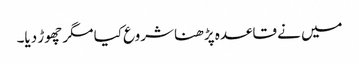
میں نے قاعدہ پڑھنا شروع کیا مگر چھوڑ دیا۔